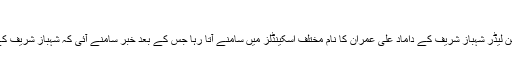
سینئر تجزیہ نگار کے اہم انکشافات
لاہور (وائس آف ایشیا) قومی اسمبلی میں اپوزیشن لیڈر شہباز شریف کے داماد علی عمران کا نام مختلف اسکینڈلز میں سامنے آتا رہا جس کے بعد خبر سامنے آئی کہ شہباز شریف کے داماد علی عمران بیرون ملک چلے گئے ہیں۔